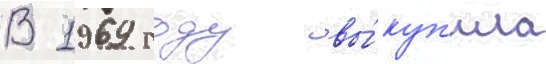
В 1969 году вы́куп'ила